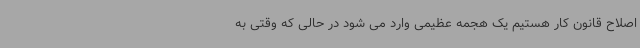
اصلاح قانون کار هستیم یک هجمه عظیمی وارد می شود در حالی که وقتی به